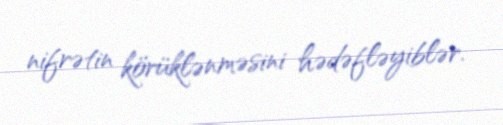
nifrətin körüklənməsini hədəfləyiblər.